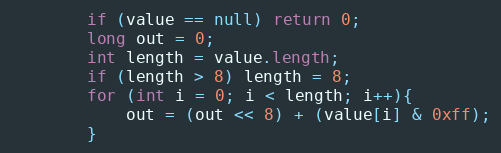
Language: Java
        if (value == null) return 0;
        long out = 0;
        int length = value.length;
        if (length > 8) length = 8;
        for (int i = 0; i < length; i++){
            out = (out << 8) + (value[i] & 0xff);
        }